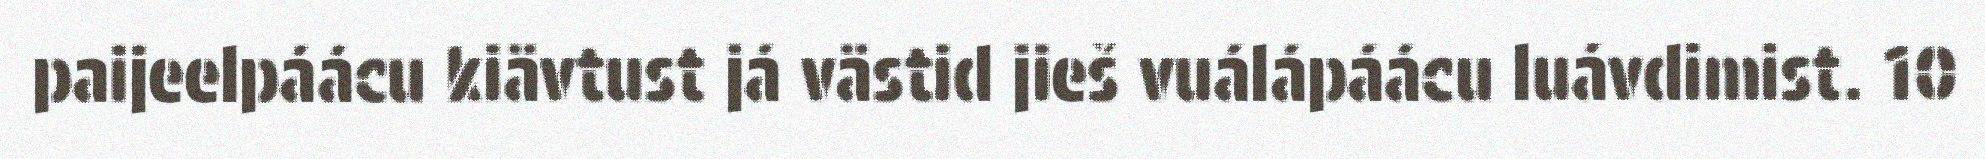
paijeelpáácu kiävtust já västid jieš vuálápáácu luávdimist. 10